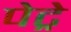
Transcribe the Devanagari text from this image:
पेट्रे